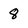
Character: 8